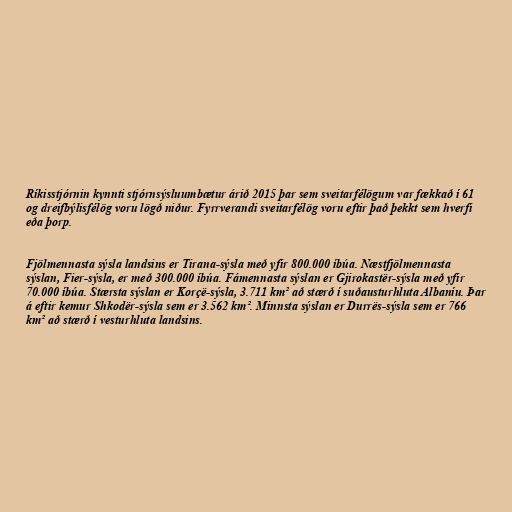
Ríkisstjórnin kynnti stjórnsýsluumbætur árið 2015 þar sem sveitarfélögum var fækkað í 61
og dreifbýlisfélög voru lögð niður. Fyrrverandi sveitarfélög voru eftir það þekkt sem hverfi
eða þorp.

Fjölmennasta sýsla landsins er Tirana-sýsla með yfir 800.000 íbúa. Næstfjölmennasta
sýslan, Fier-sýsla, er með 300.000 íbúa. Fámennasta sýslan er Gjirokastër-sýsla með yfir
70.000 íbúa. Stærsta sýslan er Korçë-sýsla, 3.711 km² að stærð í suðausturhluta Albaníu. Þar
á eftir kemur Shkodër-sýsla sem er 3.562 km². Minnsta sýslan er Durrës-sýsla sem er 766
km² að stærð í vesturhluta landsins.